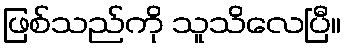
ဖြစ်သည်ကို သူသိလေပြီ။